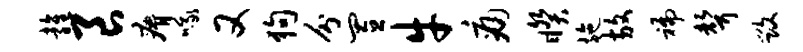
雍良瘠哦又狗分置牛痛睽施放褊声毁